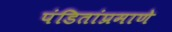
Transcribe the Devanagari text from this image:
पंडितांप्रमाणे